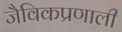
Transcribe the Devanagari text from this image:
जैविकप्रणाली